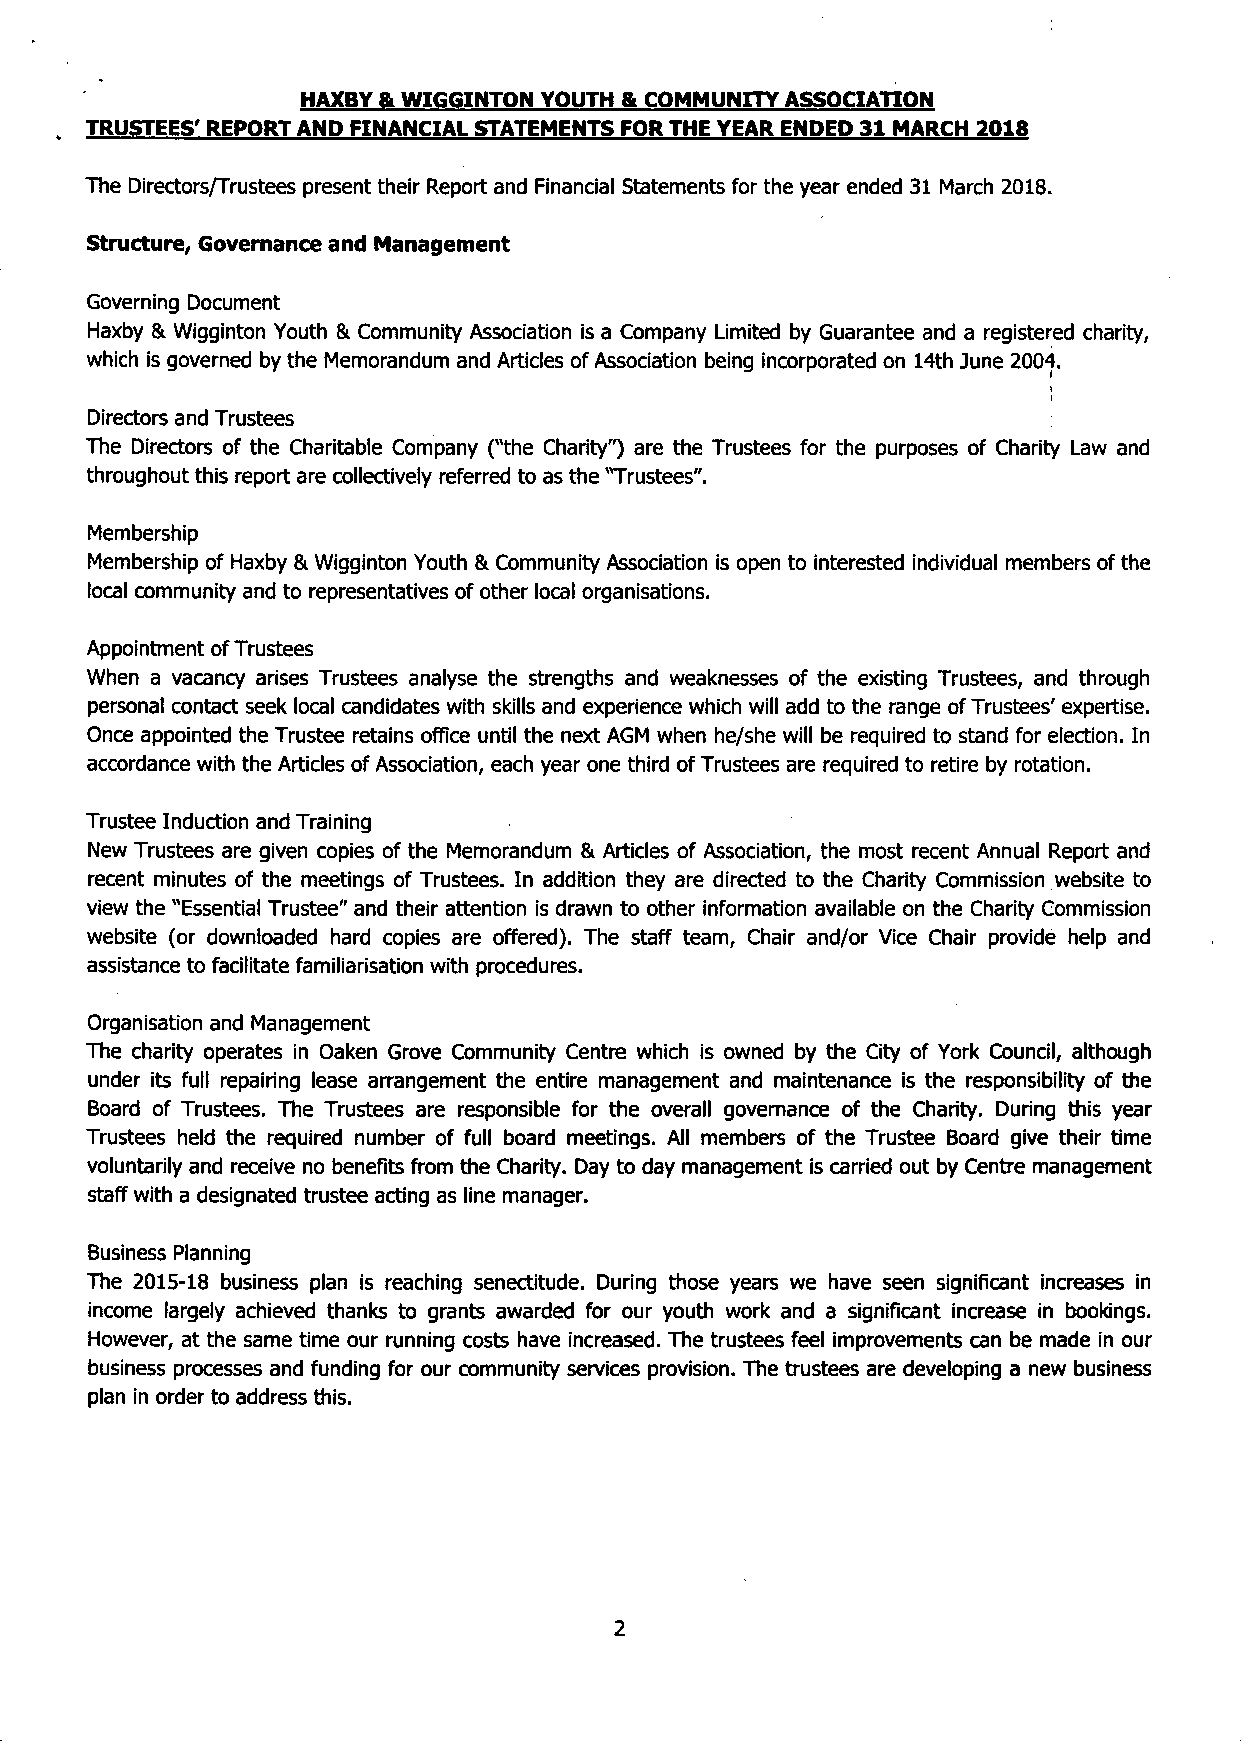
HAXBY & WIGGINTON YOUTH & COMMUNITY ASSOCIATION
 . TRUSTEES' REPORT AND FINANCIAL STATEMENTS FOR THE YEAR ENDED 31 MARCH 2018
 The Directors/Trustees present their Report and Financial Statements for the year ended 31 March 2018.
 Structure, Governance and Management
 Governing Document
 Haxby & Wigginton Youth & Community Association is a Company Limited by Guarantee and a registered charity,
 which is governed by the Memorandum and Articles of Association being incorporated on 14th June 2004.
 Directors and Trustees
 The Directors of the Charitable Company ("the Charity") are the Trustees for the purposes of Charity Law and
 throughout this report are collectively referred to as the "Trustees".
 Membership
 Membership of Haxby & Wigginton Youth & Community Association is open to interested individual members of the
 local community and to representatives of other local organisations.
 Appointment of Trustees
 When a vacancy arises Trustees analyse the strengths and weaknesses of the existing Trustees, and through
 personal contact seek local candidates with skills and experience which will add to the range of Trustees' expertise.
 Once appointed the Trustee retains office until the next AGM when he/she will be required to stand for election. In
 accordance with the Articles of Association, each year one third of Trustees are required to retire by rotation.
 Trustee Induction and Training
 New Trustees are given copies of the Memorandum & Articles of Association, the most recent Annual Report and
 recent minutes of the meetings of Trustees. In addition they are directed to the Charity Commission website to
 view the "Essential Trustee" and their attention is drawn to other information available on the Charity Commission
 website (or downloaded hard copies are ofTered). The staff team, Chair and/or Vice Chair provide help and
 assistance to facilitate familiarisation with procedures.
 Organisation and Management
 The charity operates in Oaken Grove Community Centre which is owned by the City of York Council, although
 under its full repairing lease arrangement the entire management and maintenance is the responsibility of the
 Board of Trustees. The Trustees are responsible for the overall governance of the Charity. During this year
 Trustees held the required number of full board meetings. All members of the Trustee Board give their time
 voluntarily and receive no benefits from the Charity. Day to day management is carried out by Centre management
 staff with a designated trustee acting as line manager.
 Business Planning
 The 2015-18 business plan is reaching senectitude. During those years we have seen significant increases in
 income largely achieved thanks to grants awarded for our youth work and a significant increase in bookings.
 However, at the same time our running costs have increased. The trustees feel improvements can be made in our
 business processes and funding for our community services provision. The trustees are developing a new business
 plan in order to address this.
 2